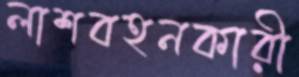
লাশবহনকারী